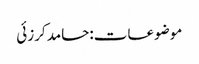
موضوعات:حامد کرزئی